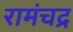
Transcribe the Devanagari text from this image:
रामंचद्र